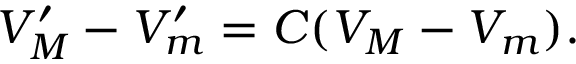
V _ { M } ^ { \prime } - V _ { m } ^ { \prime } = C ( V _ { M } - V _ { m } ) .